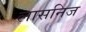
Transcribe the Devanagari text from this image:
लासनिज